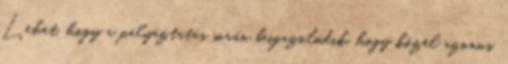
Lehet, hogy a pályáztatás során beigazolódik, hogy közel azonos.